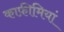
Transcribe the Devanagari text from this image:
काफ़ीमियां